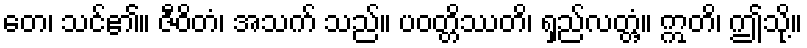
တေ၊ သင်၏။ ဇီဝိတံ၊ အသက် သည်။ ပဝတ္တိဿတိ၊ ရှည်လတ္တံ့။ ဣတိ၊ ဤသို့။